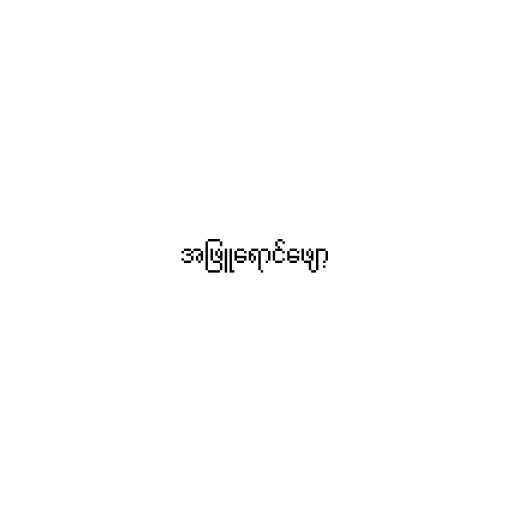
အဖြူရောင်ဖျော့